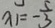
x _ { 1 } = - \frac { 5 } { 3 }